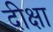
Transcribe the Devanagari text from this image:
दीक्षा